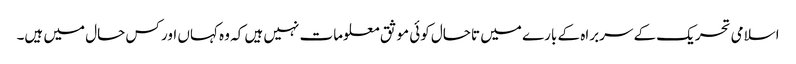
اسلامی تحریک کے سربراہ کے بارے میں تاحال کوئی موثق معلومات نہیں ہیں کہ وہ کہاں اور کس حال میں ہیں۔